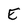
Character: E